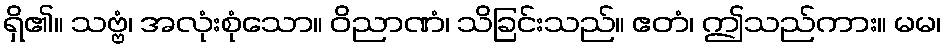
ရှိ၏။ သဗ္ဗံ၊ အလုံးစုံသော။ ဝိညာဏံ၊ သိခြင်းသည်။ ဧတံ၊ ဤသည်ကား။ မမ၊